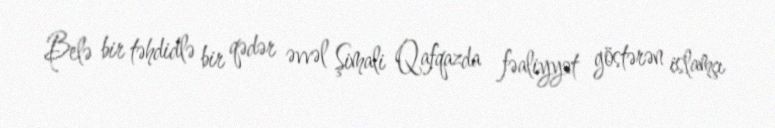
Belə bir təhdidlə bir qədər əvvəl Şimali Qafqazda fəaliyyət göstərən islamçı